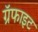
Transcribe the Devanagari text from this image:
ग्रॅफाइट